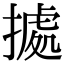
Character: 㨿